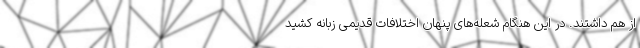
از هم داشتند. در این هنگام شعله‌های پنهان اختلافات قدیمی زبانه کشید